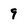
Character: 9